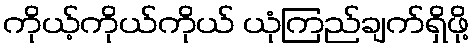
ကိုယ့်ကိုယ်ကိုယ် ယုံကြည်ချက်ရှိဖို့